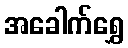
အခေါက်ရွှေ